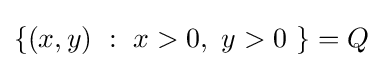
\{(x,y)\ :\ x>0,\ y>0\ \}=Q